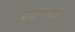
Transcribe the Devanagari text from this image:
सत्गुरुलाही